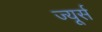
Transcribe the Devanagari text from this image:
ज्यूर्स